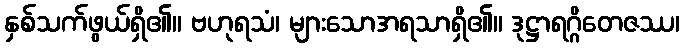
နှစ်သက်ဖွယ်ရှိ၏။ ဗဟုရသံ၊ များသောအရသာရှိ၏။ ဒုဋ္ဌာရဂ္ဂိတေဇဿ၊